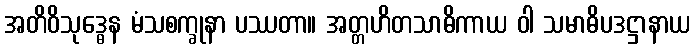
အတိဝိသုဒ္ဓေန မံသစက္ခုနာ ပဿတာ။ အတ္တဟိတသာဓိကာယ ဝါ သမာဓိပဒဋ္ဌာနာယ